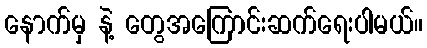
နောက်မှ နဲ့ တွေအကြောင်းဆက်ရေးပါမယ်။